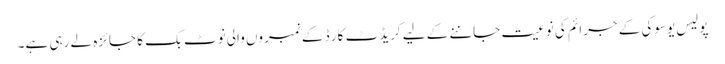
پولیس یوسوکی کے جرائم کی نوعیت جاننے کے لیے کریڈٹ کار ڈ کے نمبروں والی نوٹ بک کا جائزہ لے رہی ہے۔